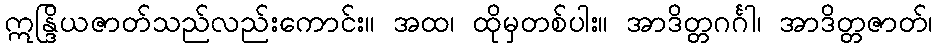
ဣန္ဒြိယဇာတ်သည်လည်းကောင်း။ အထ၊ ထိုမှတစ်ပါး။ အာဒိတ္တဂင်္ဂါ၊ အာဒိတ္တဇာတ်၊